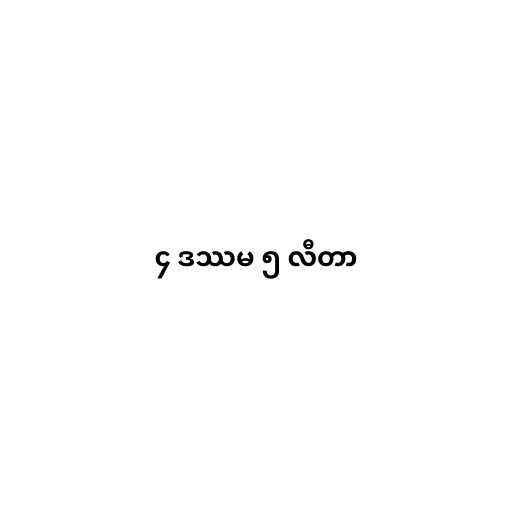
၄ ဒဿမ ၅ လီတာ